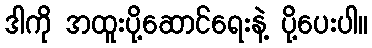
ဒါကို အထူးပို့ဆောင်ရေးနဲ့ ပို့ပေးပါ။